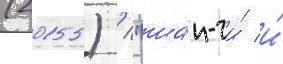
(2015) / "ша́н-чи́ и́